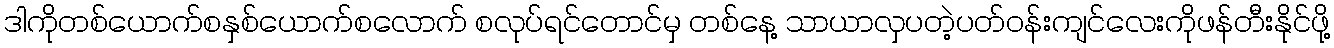
ဒါကိုတစ်ယောက်စနှစ်ယောက်စလောက် စလုပ်ရင်တောင်မှ တစ်နေ့ သာယာလှပတဲ့ပတ်ဝန်းကျင်လေးကိုဖန်တီးနိုင်ဖို့